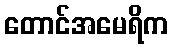
တောင်အမေရိက